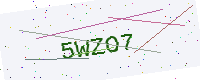
Text: 5WZO7